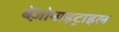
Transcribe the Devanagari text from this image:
बेंज़ोनाइट्राइल